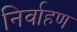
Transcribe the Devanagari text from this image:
निर्वाहण